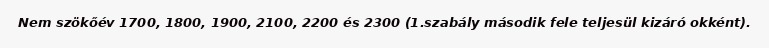
Nem szökőév 1700, 1800, 1900, 2100, 2200 és 2300 (1.szabály második fele teljesül kizáró okként).